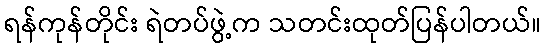
ရန်ကုန်တိုင်း ရဲတပ်ဖွဲ့က သတင်းထုတ်ပြန်ပါတယ်။